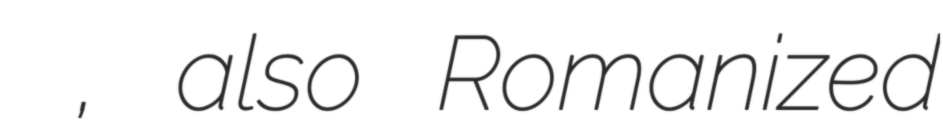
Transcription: سريوان تپه, also Romanized